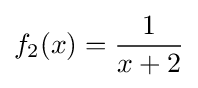
f_{2}(x)={\frac {1}{x+2}}